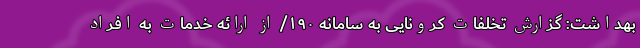
بهداشت: گزارش تخلفات کرونایی به سامانه ۱۹۰/ از ارائه خدمات به افراد